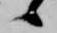
候